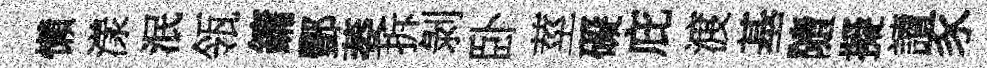
懶漾泯瓴鏞酆萎拆剝卧莖礙庇渡基隨擬讀豕